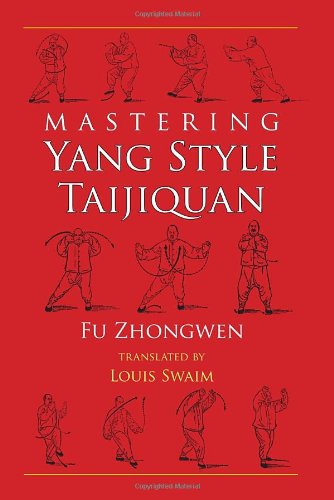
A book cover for Mastering Yang Style Taijiquan; Fu Zhongwen; Health, Fitness & Dieting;